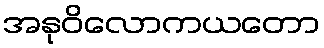
အနုဝိလောကယတော